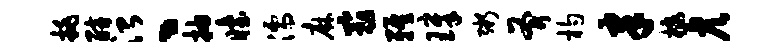
挑醅治丶抽眙濡麻最雅璋粥斧杓聿棣彦